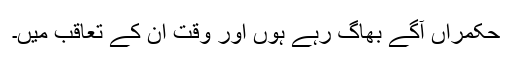
حکمراں آگے بھاگ رہے ہوں اور وقت ان کے تعاقب میں۔